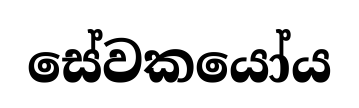
සේවකයෝය